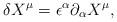
LaTeX: \begin{align*}\delta X^{\mu} = \epsilon^{\alpha} \partial_{\alpha} X^{\mu},\end{align*}